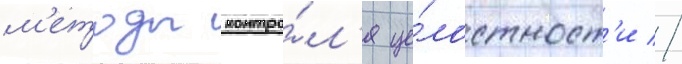
м'етоды контро́л'я це́лостност'и //